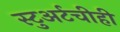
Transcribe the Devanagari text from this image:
स्टुअर्टचीही